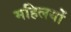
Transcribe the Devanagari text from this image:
महिलयों